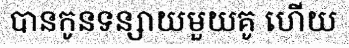
បានកូនទន្សាយមួយគូ ហើយ